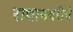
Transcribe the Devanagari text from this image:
राधानगरीचे